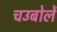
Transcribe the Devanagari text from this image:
चउबोलें